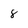
Character: 8